[Report on the health of British troops in the Madras command]
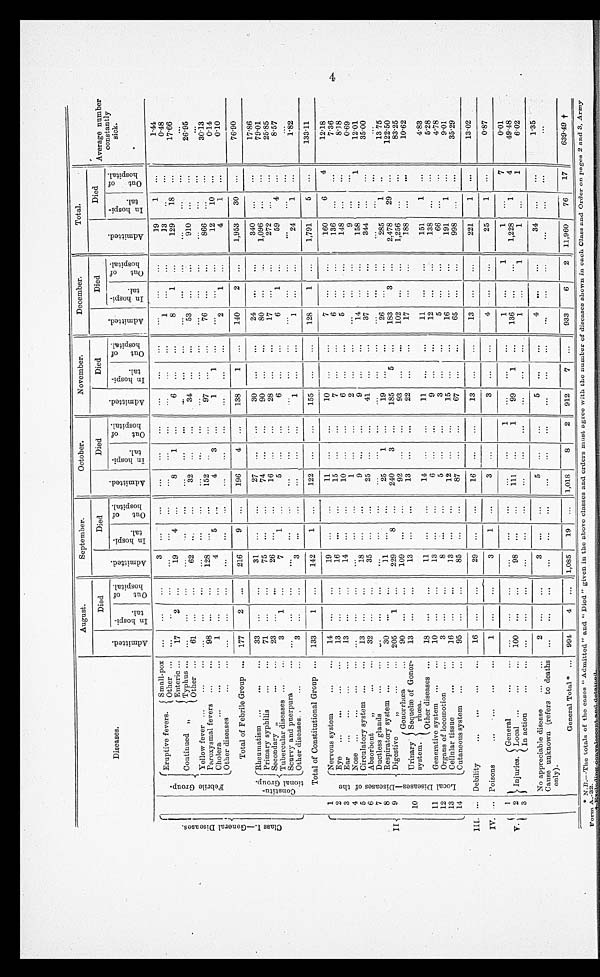
Diseases.
August.
September.
October.
November.
December.
Total.
Average number
constantly
sick.
A d m i t t e d .
Died
A d m i t t e d
Died
Admitted.
Died
A d m i t t e d .
Died
A d m i t t e d .
Died
A d m i t t e d .
Died
I n h o s p i - t a l .
O u t o f t h e h o s p i t a l .
I n h o s p i - t a l .
O u t o f t h e h o s p i t a l .
I n h o s p i - t a l . O u t o f t h e h o s p i t a l .
I n h o s p i - t a l .
O u t o f t h e h o s p i t a l .
I n h o s p i - t a l .
O u t o f t h e h o s p i t a l .
I n h o s p i - t a l . O u t o f t h e h o s p i t a l .
C l a s s I . — G e n e r a l D i s e a s e s .
F e b r i l e G r o u p .
Eruptive fevers. Small-pox ...
...
...
3 ...
...
...
... ...
...
... ...
...
...
...
19
1
. . .
1.44
Other ... ...
... ... ...
...
...
... ... ... ... ... ...
1 ...
...
13
. . .
...
0 . 4 8
Continued ,,
Enteric ... 17
2 ...
19
4 ...
8
1 ...
6 ...
...
8
1 ...
129
18 ...
17.66
Typhus ... ...
... ... ...
...
... ... ... ...
. . . ...... ...
... ...
...
. . .
. . .
. . .
Other ... 61 ... ...
62 ......
32 ...
...
34 ...
...
53 ...
...
910 ...
. . .
26.95
Yellow fever ...
... ...
. . . ... ...
...
...
...
. . .
... ...
. . .
...... ...
...
...
...
... ...
. . .
Paroxysmal fevers ...
... 98 ... ... 128 ... ...
152 ... ...
97 ... ...
76 ...
...
866
. . .
. . .
30.13
Cholera
...
. . . ...
1 ...
...
4 ..5....
4
...
1
1 ...
...
...
...
12
10
. . .
0 . 1 4
Other diseases
......
. . .
... ...
...
...
... ... ...
...
...
...
2
1 ...
4
1
. . .
0 . 1 0
Total of Febrile Group ... 177
2 ...
216
9 ...
196
4 ...
138
1 ...
140
2 ...
1,953
30
. . .
7 6 . 9 0
C o n s t i t u - t i o n a l G r o u p .
Rheumatism ... ... ... 33 ...
...
31 ...
...
27 ...
...
30 ... ...
24 ...
...
340 ...
. . .
17.86
Primary syphilis ... ... 71 ... ...
75 ... ...
74 ...
...
90 ...
...
80 ... ... 1,096 ...
. . .
79.01
Secondary „
. . . ... 23 ... ...
26 ... ...
16 ...
...
28 ... ...
17 ... ...
272
. . .
. . .
2 5 . 8 5
Tubercular diseases . . . ...
3 ......
7
1 ...
5 ...
...
6 ...
...
6
1 ...
59
4
. . .
8 . 5 7
Scurvy and puerpura
...
. . .
... ...
... ...... ... ... ...
. . .
...
...
...
...
...
. . .
. . .
Other diseases. .
...
...
3 ...
...
3 ...
...
... ......
1 ...
...
1 ...
...
24
...
1 . 8 2
Total of Constitutional Group ... 133
1 ...
142
1 ...
122 ...
...
155 ...
...
128
1 ...
1,791
5 ...
1 3 3 . 1 1
II
1
Nervous system
... ... 14 ......
19 ...
...
11 ...
...
10
...
7 ...
...
160
6
4
12.18
2
Eye ... ... ... ...
13
... ...
16 ...
...
15 ...
...
7 ...
...
6 ... ...
136 ...
...
7.36
3
Ear ... ... ... ...
13 ...
...
14 ... ...
10 ... ...
6 ...
...
5 ...
...
148 ...
. . .
8.18
4
Nose
... ... ... . . . ... ... ... ... ...
1 ... ...
2 ...
...
...
... ....
9 ... ...
0.69
5
...
Circulatory system ... ... 13 ... ...
18 ...
...
. . .
......
9 ...
...
14 ... ...
158 ...
1
1 2 . 0 1
6
Absorbent „
...... 32 ... ...
35 ...
...
25 ...
...
41 ... ...
37 ...
...
344 ... ...
35.00
7
Ductless glands
.......
...
... ... ... ... ... ... ...
. . . ...
...
. . .
...
. . . ...
...
...
8
Respiratory system ... ... 30 ...
...
11 ...
25
1 ...
19 ...
...
26 ... ...
285
1 ..
1 3 . 7 5
9
Digestive
. . . ... 205
1
229
8 ...
240
3 ...
185
5 ...
183
3 ...
2,478
29 ...
122.50
Urinary
system.
Gonorrhœa
... 90 ...
...
...
109 ...
92 ...
...
93 ...
...
102 ...
1,256 ...
...
83.25
10
Sequelæof Gonor-
rhœa.
13 ...
...
13 ...
...
13 ...
...
22 ...
...
17 ...
...
188
. . .
...
1 0 . 6 2
Other diseases ... 18 ... ...
11. ...
...
14 ... ... 11 ...
...
11 ...
...
151
1 ...
4 . 8 3
11
Generative system . . . ... 10 ...
...
13 ...
...
6 ...
...
9 ... ...
12 ...
...
138 ... ...
5 . 2 8
12
Organs of locomotion
... 3 ...
...
8
...
5 ... ...
3 ...
...
5
...
66 ... ...
4.78
13
Cellular tissue
...... 16 ......
13 ...
...
12 ...
...
15 ... ...
16 ...
...
191
1 ...
9.01
Cutaneous system
. . . ...
95 ...
...
85 ... ...
87 ... ...
67 ... ...
65 ...
...
998 ... ...
3 5 . 2 9
14
III. ... Debility
... ...... 16 ... ...
29 ...
...
16 ...
...
13
...
...
13 ...
...
221
1 ...
13.02
IV. ... Poisons
... ... ... ...
1 ...
...
3
1 ...
3 ... ...
3 ... ...
. . .
... ...
25
1 ...
0 . 8 7
V
1
Injuries.
General
......
. . .
...... ... ...... ... ... 1 ... ......
1 ...
1
1 ...
7
0 . 0 1
Local ...
. . . ... 100
...
...
98
...
...
...
111 ...
1
9 9 9 9 ...
1
...
136 ...
...
1,228
1
4
4 9 . 4 8
2
In action
......
. . .
...... ...
...
... ... ... ...
...
...
...
1 ...
1
1 ...
1
6 . 0 2
3
No appreciable disease
... ...
2 ......
3 ... ...
5 ... ...
5 ...
...
4 ...
...
34 ...
...
1 . 3 5
Cause unknown (refers to deaths
only).
. . . ...... ... ... ...
... ... ...
... ... ...
. . . ...
...
. . .
... ...
...
General Total* ... 994
4 ... 1,085
19 ... 1,018
8
2 912
7 ...
933
6
2 11,960
76
17
639.49†
N.B.--The totals of the eases "Admitted" and "Died" given in the above classes and orders must agree with the number of diseases shown in each Class and Order on pages 2 and 3, Army
F r o m A . - 3 2 .